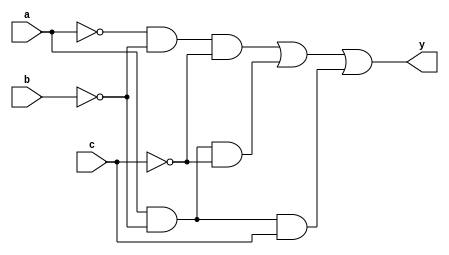


module sillyfunction(a, b, c, y);

input wire a;
input wire b;
input wire c;
output wire y;

assign y = ~a & ~b & ~c | 
	a & ~b & ~c |
	a & ~b & c;

endmodule